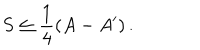
S \leq \frac { 1 } { 4 } \left( A - A ^ { \prime } \right) .